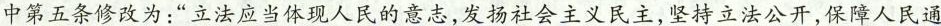
中第五条修改为：”立法应当体现人民的意志，发扬社会主义民主，坚持立法公开，保障人民通